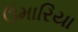
ઉમારિયા